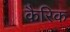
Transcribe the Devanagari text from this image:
कैरिक